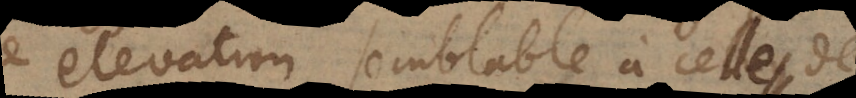
e elevation semblable à celle de